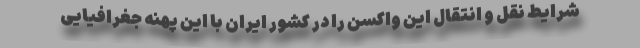
شرایط نقل و انتقال این واکسن را در کشور ایران با این پهنه جغرافیایی